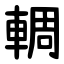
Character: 輖